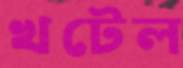
খটেল